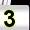
Digit: 3